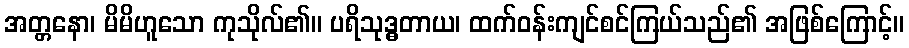
အတ္တနော၊ မိမိဟူသော ကုသိုလ်၏။ ပရိသုဒ္ဓတာယ၊ ထက်ဝန်းကျင်စင်ကြယ်သည်၏ အဖြစ်ကြောင့်။